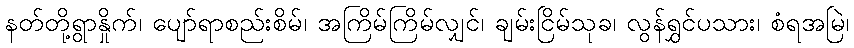
နတ်တို့ရွာနှိုက်၊ ပျော်ရာစည်းစိမ်၊ အကြိမ်ကြိမ်လျှင်၊ ချမ်းငြိမ်သုခ၊ လွန်ရွှင်ပသား၊ စံရအမြဲ၊